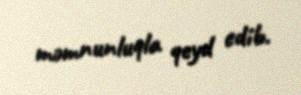
məmnunluqla qeyd edib.